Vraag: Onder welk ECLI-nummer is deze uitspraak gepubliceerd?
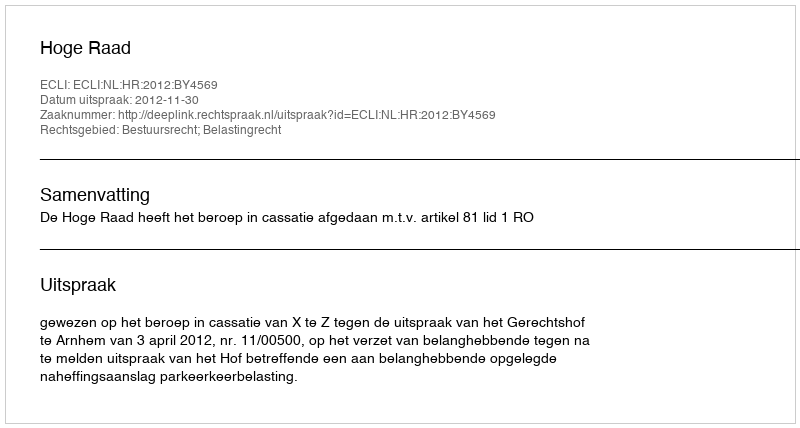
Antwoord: ECLI:NL:HR:2012:BY4569